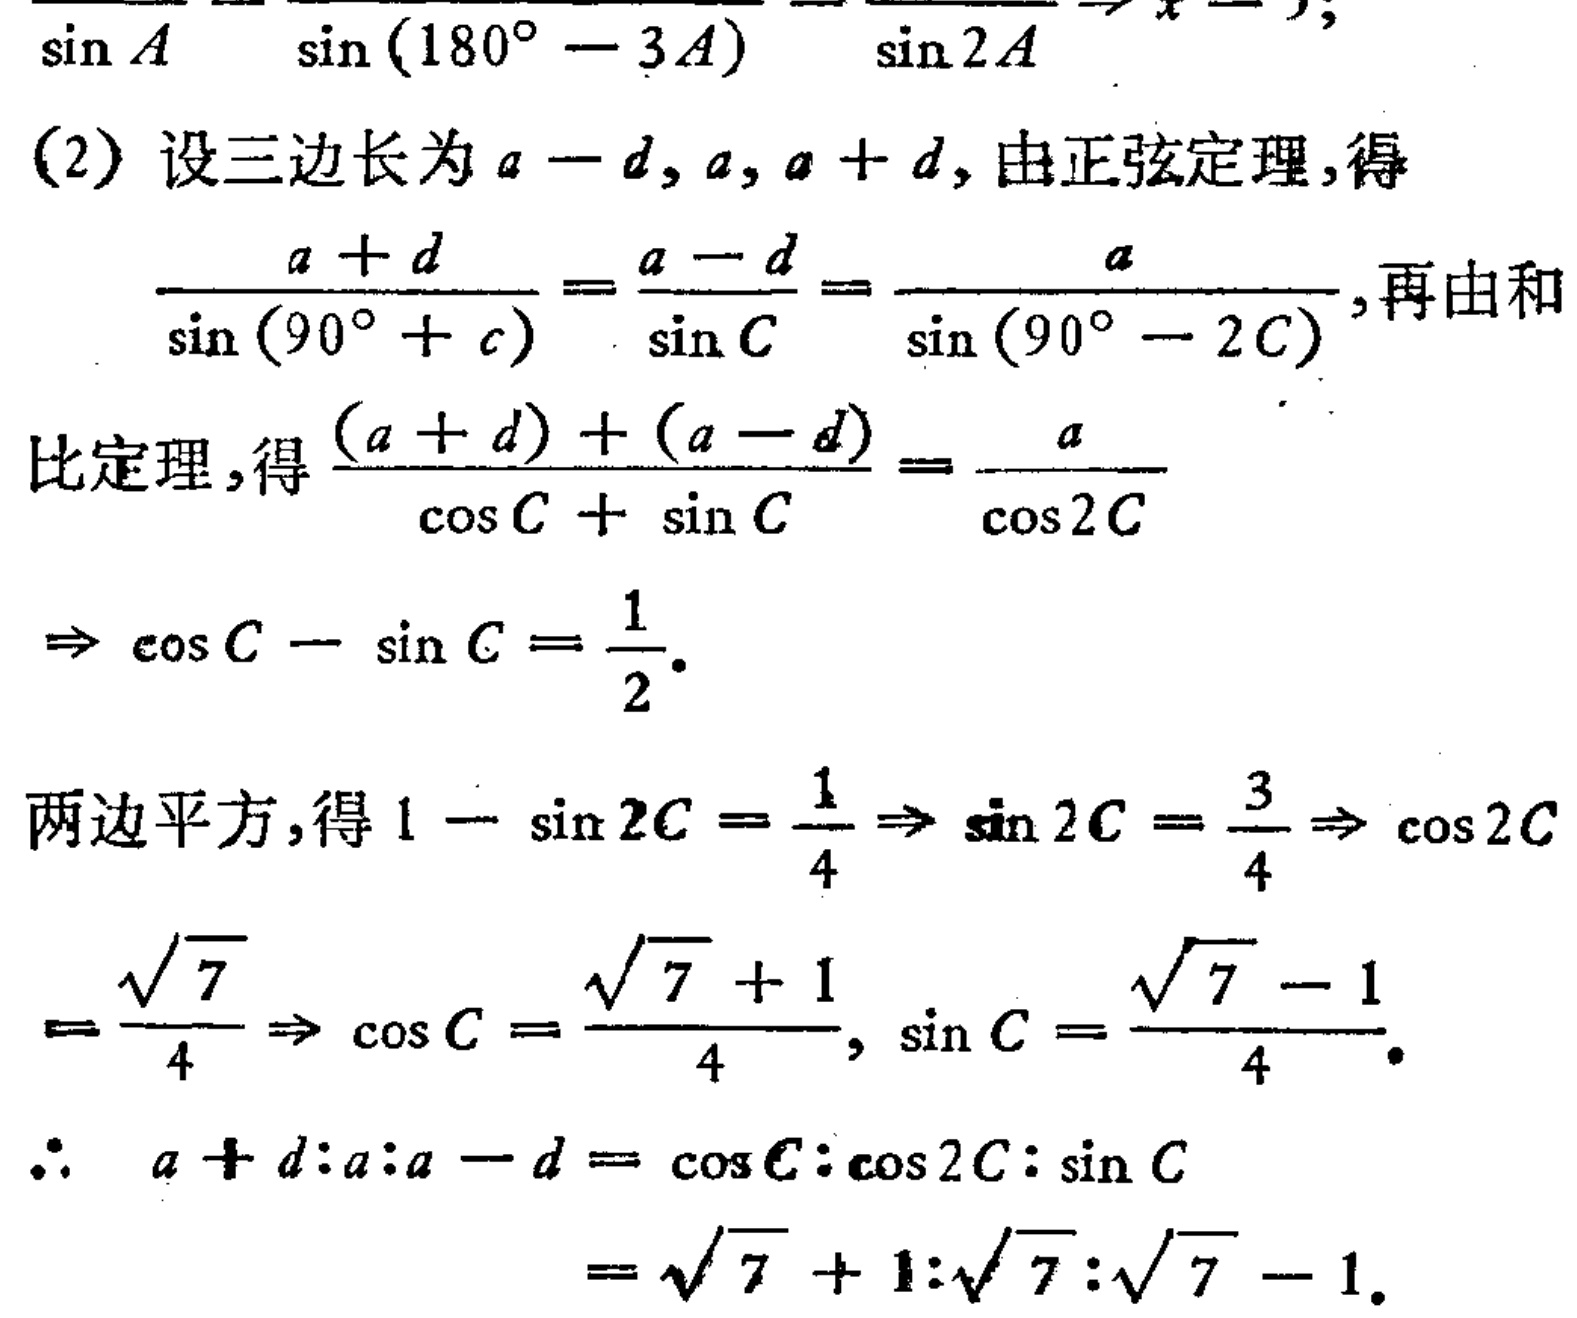
\(\frac{\sin A}{\sin A}=\frac{\sin(180^{\circ}-3A)}{\sin(180^{\circ}-3A)}=\frac{\sin 2A}{\sin 2A}\Rightarrow x = ;\)
(2) 设三边长为\(a - d,a,a + d\), 由正弦定理, 得
\(\frac{a + d}{\sin(90^{\circ}+c)}=\frac{a - d}{\sin C}=\frac{a}{\sin(90^{\circ}-2C)}\), 再由和
比定理, 得\(\frac{(a + d)+(a - d)}{\cos C+\sin C}=\frac{a}{\cos 2C}\)
\(\Rightarrow\cos C-\sin C=\frac{1}{2}\).
两边平方, 得\(1-\sin 2C=\frac{1}{4}\Rightarrow\sin 2C=\frac{3}{4}\Rightarrow\cos 2C\)
\(=\frac{\sqrt{7}}{4}\Rightarrow\cos C=\frac{\sqrt{7}+1}{4},\sin C=\frac{\sqrt{7}-1}{4}\).
\(\therefore\ a + d:a:a - d=\cos C:\cos 2C:\sin C\)
\(=\sqrt{7}+1:\sqrt{7}:\sqrt{7}-1\).